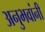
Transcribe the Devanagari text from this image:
अनुभवांनी